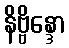
နိဗ္ဗိန္ဒော